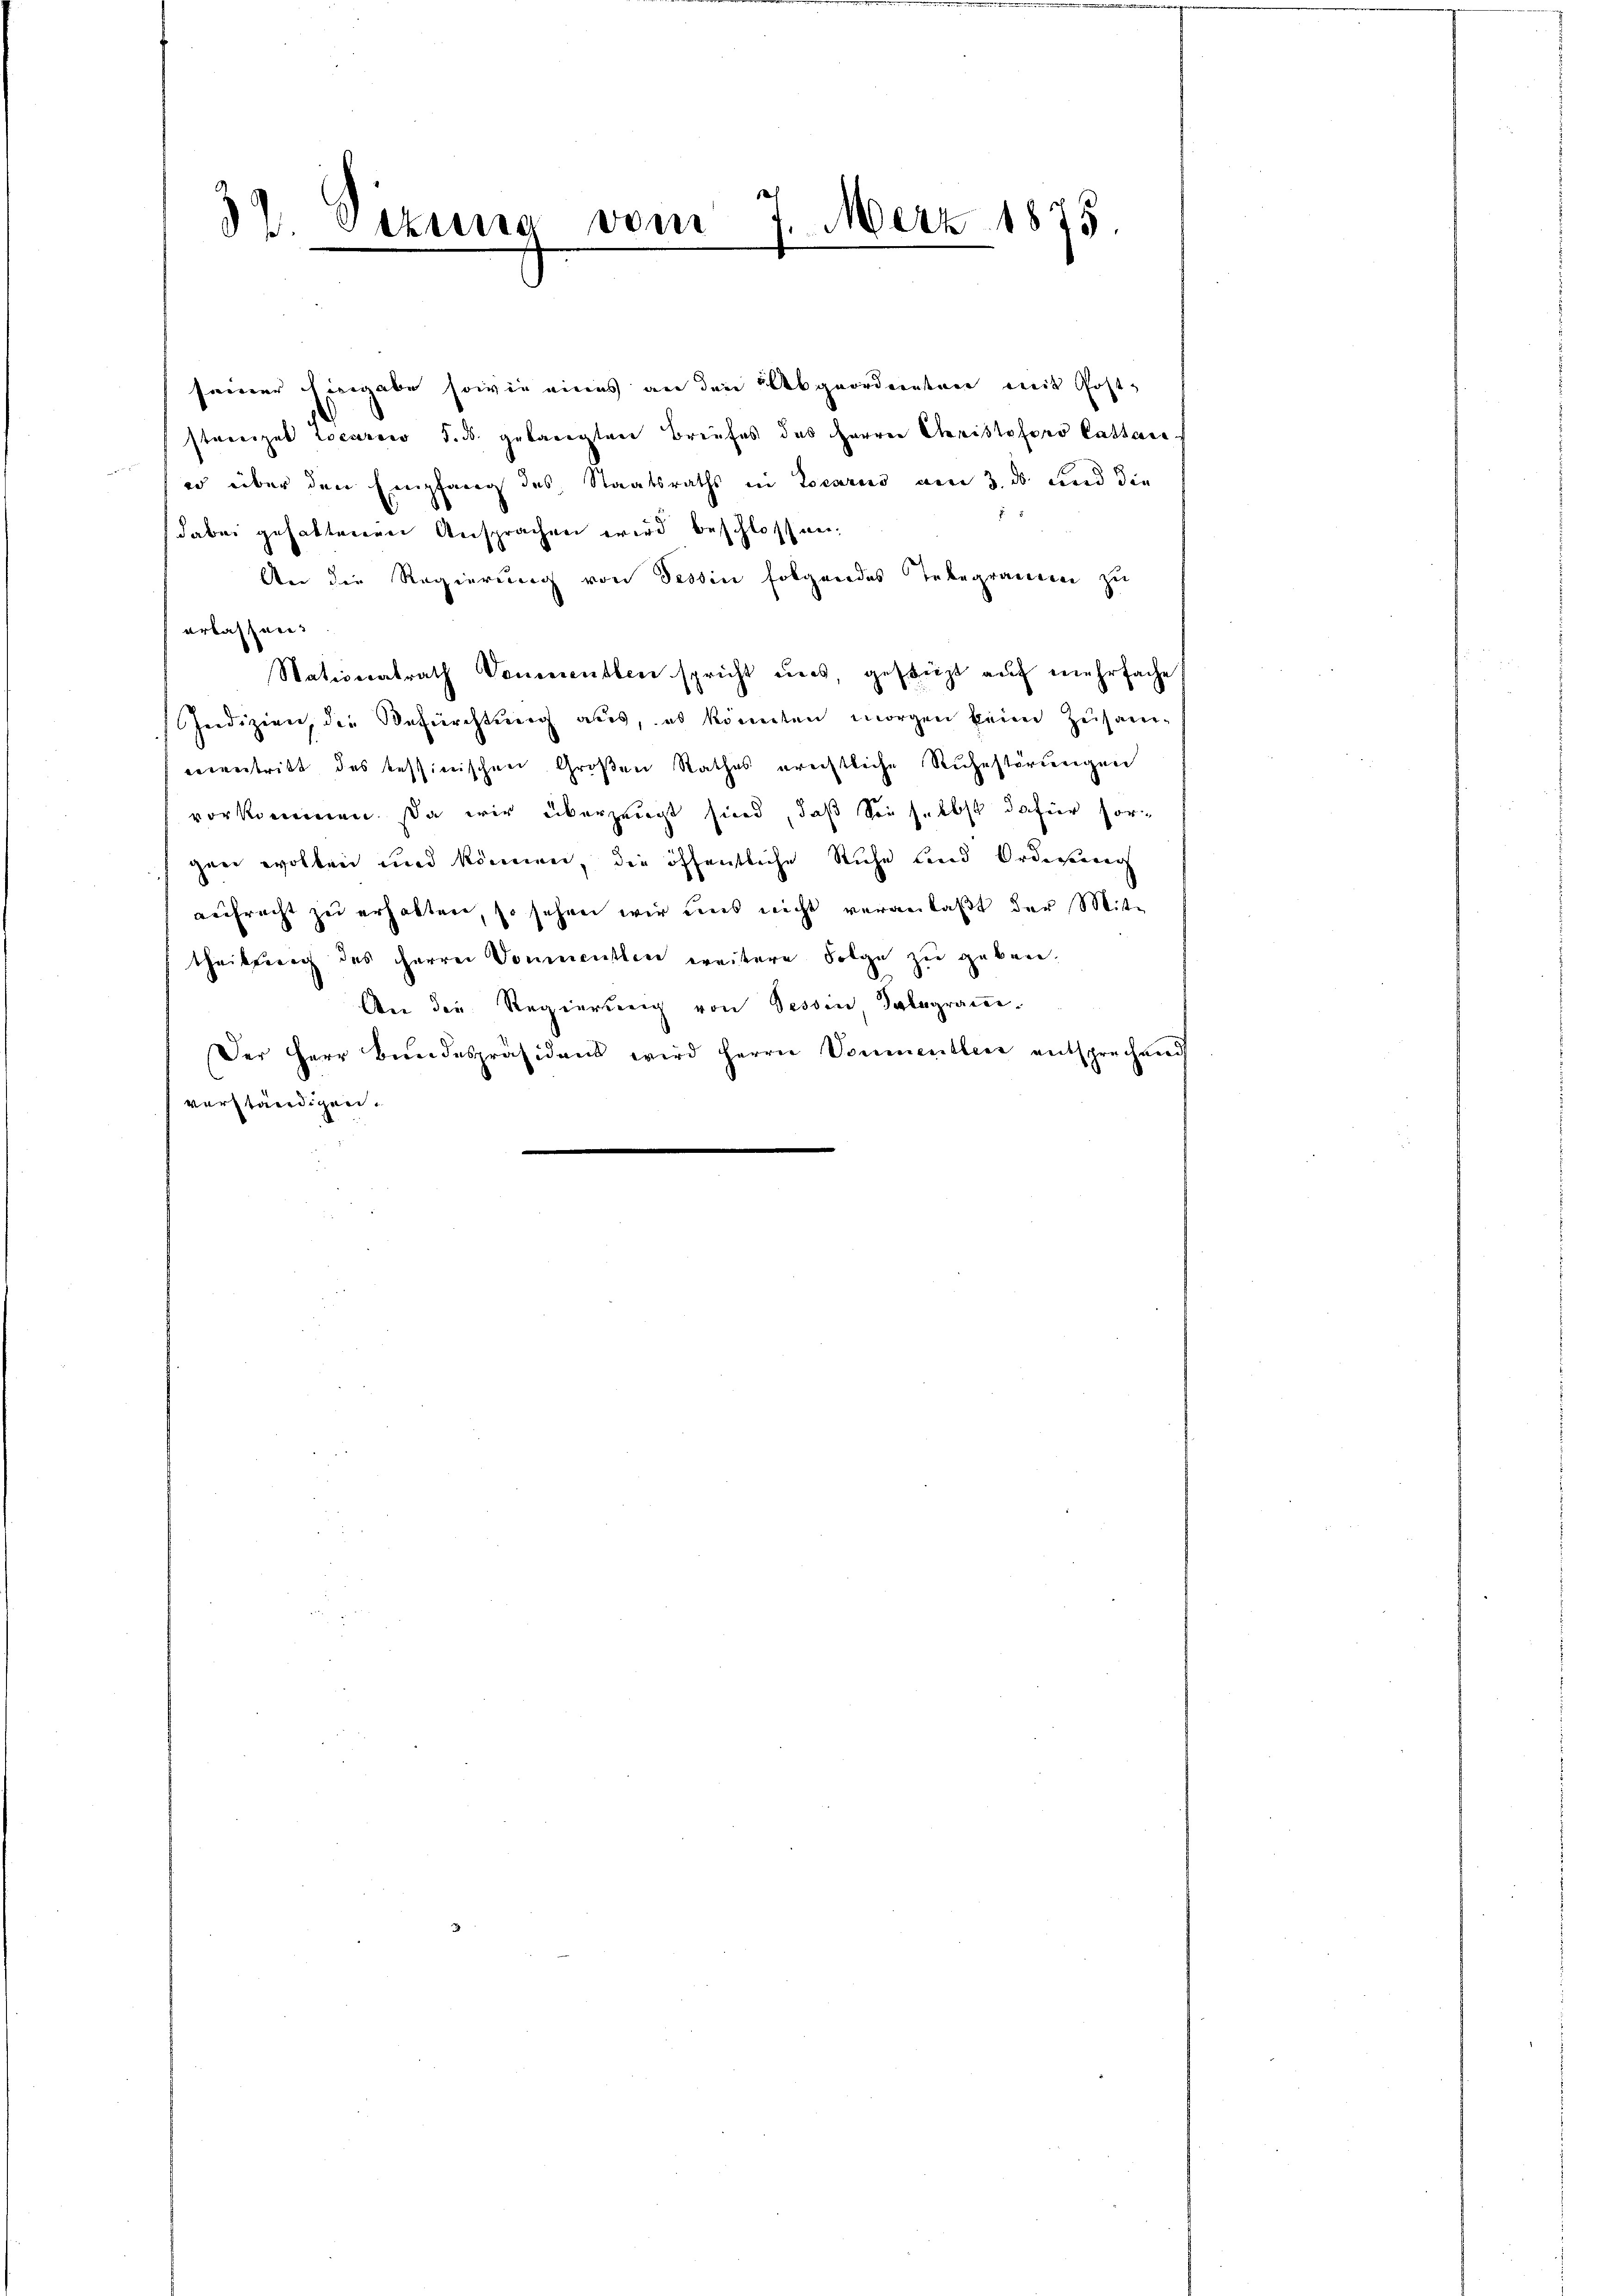
32.
Jezung vom 7. März 1875
.

seiner Eingabe sowie eines an den Abgeordnenten mit Poststreizet Locarii d. d. gelangten Briefes des Herren Christoforo Cathane
er über den Empfang des Staatsraths in Locarus am 3. ds und die
dabei gehaltenen Ansprachen wird beschlossen.
An die Regierung von Tessin folgendes Telegracieren zu
erlassen:
Stationalrath Venerenten spricht uns, gestüzt auf mehrfache
Jeedizien, die Befürchtung aus, ob könnten morgen keine Zusamencentritt des tessinischen Großen Rathes erechtliche Ruhestörungen
vorkommen. Da wir überzeugt sind, daß Sie selbst dafür sor¬
Heer wollen und können, die öffentliche Ruhe land Ordesseren
aufrecht zu erhalten, so sehen wir uns nicht veranlaßt der Mit-
theilung des Herren Dommenten weitere Folge zu geben.
An die Regierung von Tessin Telegram.
Der Herr Bundespräsidend wird Herrn Vormentleis entsprechend
verständigen.